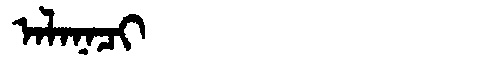
Manchu: ᠠᠯᠠᠨᠠᠴᡳ
Romanization: ALANACI